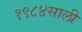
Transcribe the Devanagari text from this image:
१९८४साली